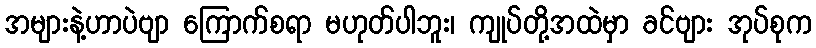
အများနဲ့ဟာပဲဗျာ ကြောက်စရာ မဟုတ်ပါဘူး၊ ကျုပ်တို့အထဲမှာ ခင်ဗျား အုပ်စုက